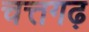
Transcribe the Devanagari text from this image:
चत्तगढ़